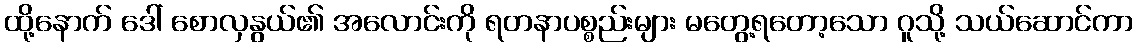
ထို့နောက် ဒေါ် စောလှနွယ်၏ အလောင်းကို ရတနာပစ္စည်းများ မတွေ့ရတော့သော ဂူသို့ သယ်ဆောင်ကာ